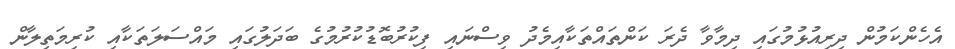
އެހެންކަމުން ދިރިއުޅުމުގައި ދިމާވާ ދެރަ ކަންތައްތަކާއިމެދު ވިސްނައި ފިކުރުބޮޑުކުރުމުގެ ބަދަލުގައި މައްސަލަތަކާއި ކުރިމަތިލާން